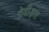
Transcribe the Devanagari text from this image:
देवीड्स